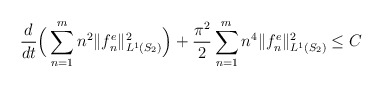
\begin{align*}\dfrac{d }{dt}\Big(\sum_{n=1}^m n^2 \Vert f_n^e \Vert_{L^1(S_2)}^2 \Big)+\dfrac{\pi^2}{2}\sum_{n=1}^mn^4 \Vert f_n^e \Vert_{L^1 (S_2)}^2\leq C\end{align*}